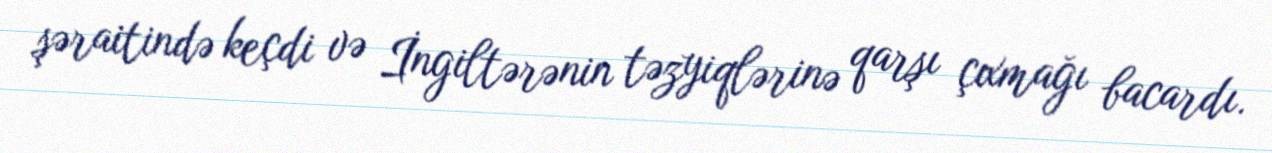
şəraitində keçdi və İngiltərənin təzyiqlərinə qarşı çıxmağı bacardı.